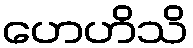
ဟေဟိသိ